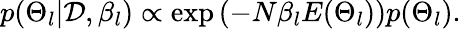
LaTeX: p(\Theta_{l}|\mathcal{D},\beta_{l})\propto\exp\left(-N\beta_{l}E(\Theta_{l})\right)p(\Theta_{l}).